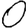
Digit: 0